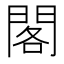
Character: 閣